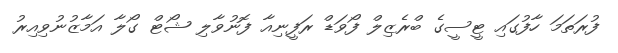
ފުރަތަމަ ހާފުގައި ޓީސީގެ ބްރެޒިލް ފޯވަޑް ރަފީނިއާ ފޮނުވާލި ޝޯޓް ގޯލާ އަމާޒުނުވިއިރު